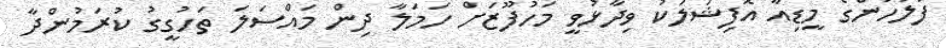
ފުލުހުންގެ މީޑިއާ އޮފިޝަލަކު ވިދާޅުވީ މަހުފޫޒަށް ހަމަލާ ދިން މައްސަލަ ތަހުގީގު ކުރަމުންދާ